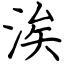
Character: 涘